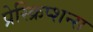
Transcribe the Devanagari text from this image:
प्रेस्क्रिप्शन्स